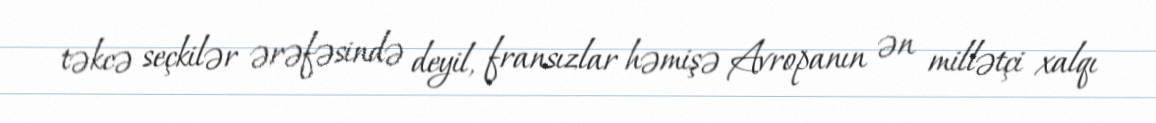
təkcə seçkilər ərəfəsində deyil, fransızlar həmişə Avropanın ən millətçi xalqı